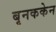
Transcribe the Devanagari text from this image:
बृनककेन